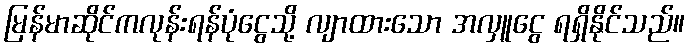
မြန်မာဆိုင်ကလုန်းရန်ပုံငွေသို့ လျာထားသော အလှူငွေ ရရှိနိုင်သည်။